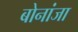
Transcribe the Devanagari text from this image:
बोनांजा